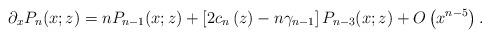
LaTeX: \begin{align*}\partial_{x}P_{n}(x;z)=nP_{n-1}(x;z)+\left[ 2c_{n}\left( z\right)-n\gamma_{n-1}\right] P_{n-3}(x;z)+O\left( x^{n-5}\right) . \end{align*}